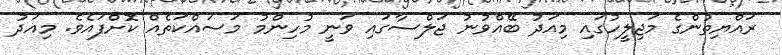
ރައްޔިތުންގެ މަޖިލީހުގައި މިއަދު ބޭއްވުނު ޖަލްސާގައި ވަނީ މުހިންމު މަސައްކަތެއް ކޮށްފައެވެ. މިއަދު